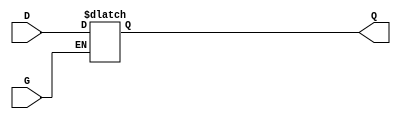
module gated_latch (
    input wire D,    // Data input
    input wire G,    // Gate (enable) signal
    output reg Q     // Output
);

// Always block that is sensitive to the gate signal
always @(*) begin
    if (G) begin
        Q = D;      // When G is high, output follows input
    end
    // When G is low, Q retains its last value (latched)
end

endmodule